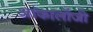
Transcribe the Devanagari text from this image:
आंकालॉजी